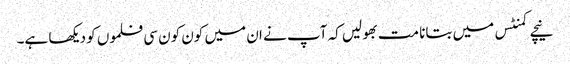
نیچے کمنٹس میں بتانا مت بھولیں کہ آپ نے ان میں کون کون سی فلموں کو دیکھا ہے۔